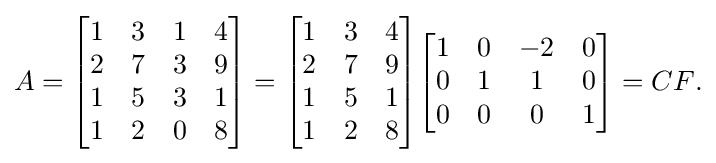
A={\begin{bmatrix}1&3&1&4\\2&7&3&9\\1&5&3&1\\1&2&0&8\end{bmatrix}}={\begin{bmatrix}1&3&4\\2&7&9\\1&5&1\\1&2&8\end{bmatrix}}{\begin{bmatrix}1&0&-2&0\\0&1&1&0\\0&0&0&1\end{bmatrix}}=CF{\text{.}}